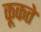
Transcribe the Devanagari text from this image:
कूकते